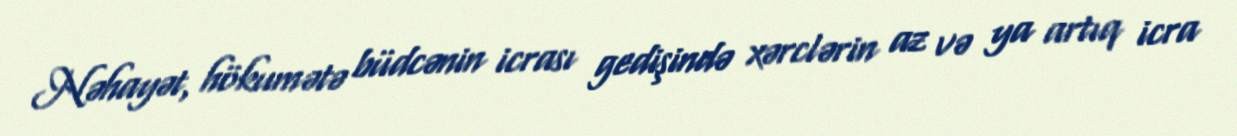
Nəhayət, hökumətə büdcənin icrası gedişində xərclərin az və ya artıq icra